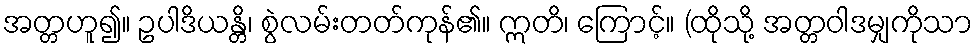
အတ္တဟူ၍။ ဥပါဒိယန္တိ၊ စွဲလမ်းတတ်ကုန်၏။ ဣတိ၊ ကြောင့်။ (ထိုသို့ အတ္တဝါဒမျှကိုသာ